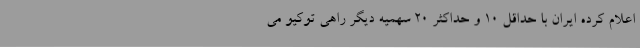
اعلام کرده ایران با حداقل 10 و حداکثر 20 سهمیه دیگر راهی توکیو می